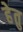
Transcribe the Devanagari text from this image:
हेेतु